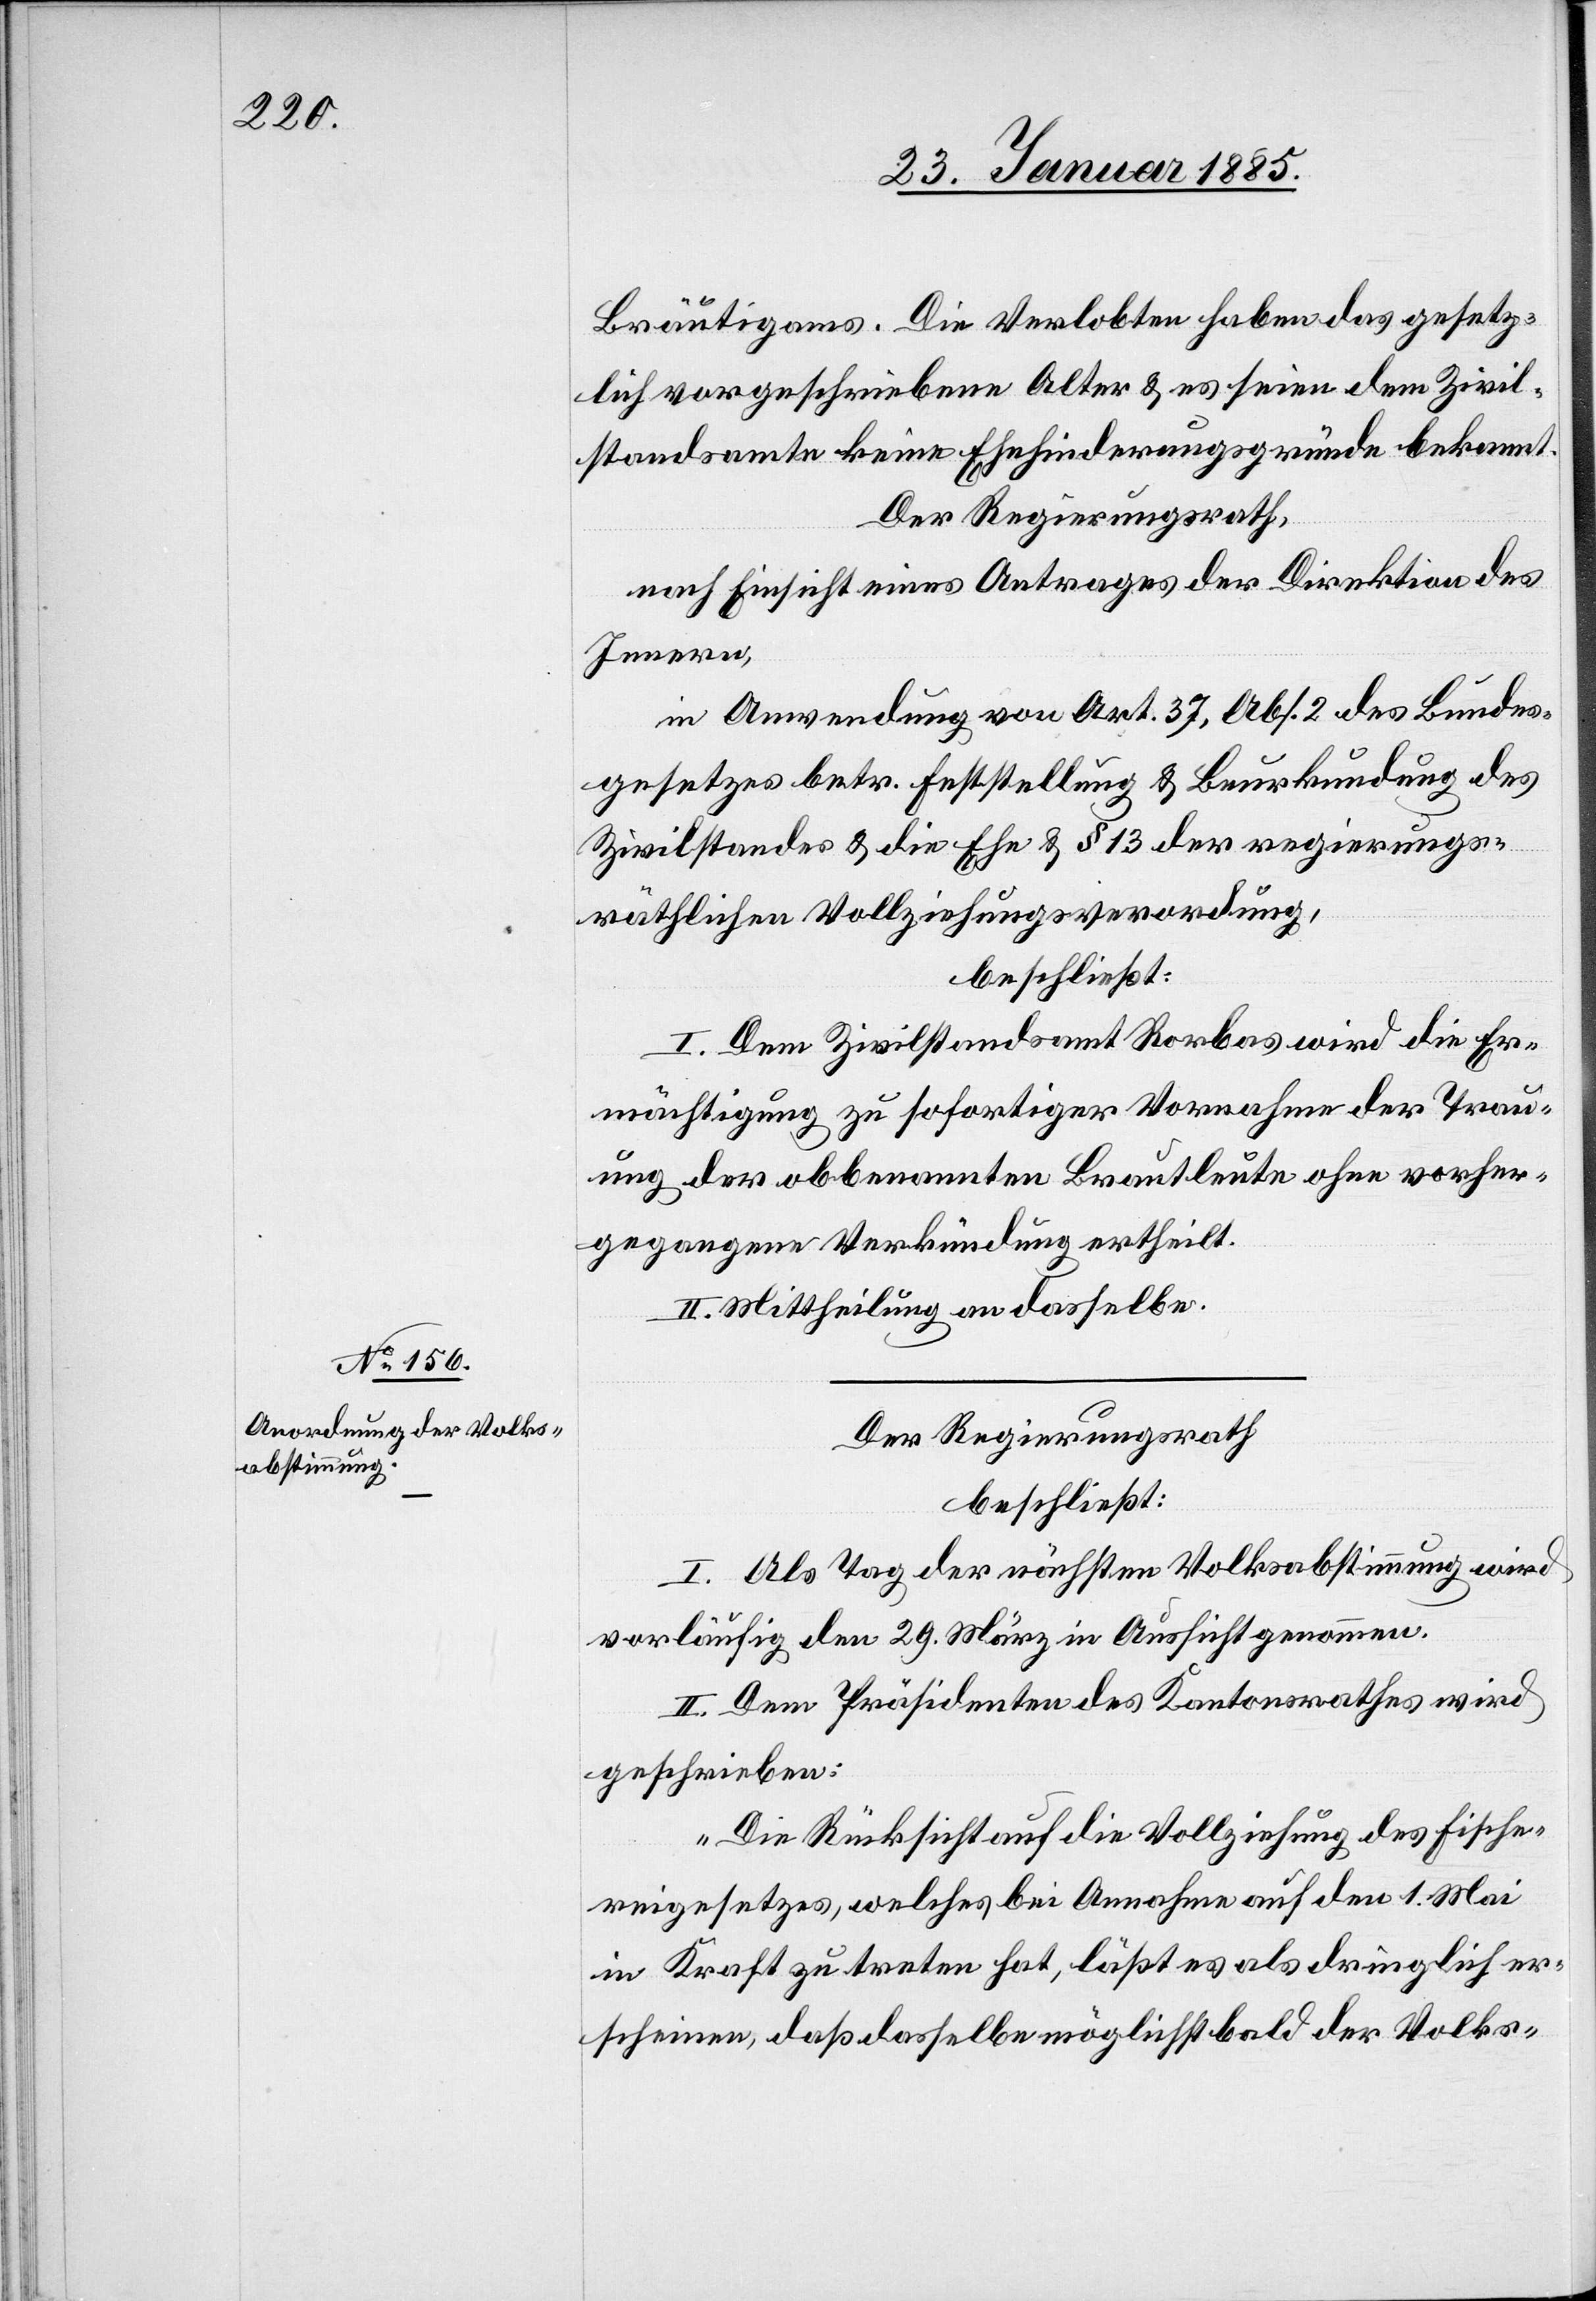
Bräutigams. Die Verlobten haben das gesetz¬
lich vorgeschriebene Alter & es seien dem Zivil¬
standsamte keine Ehehinderungsgründe bekannt.
Der Regierungsrath,
nach Einsicht eines Antrages der Direktion des
Innern,
in Anwendung von Art. 37, Abs. 2 des Bundes¬
gesetzes betr. Feststellung & Beurkundung des
Zivilstandes & die Ehe & § 13 der regierungs¬
räthlichen Vollziehungsverordnung,
beschließt:
I. Dem Zivilstandsamt Rorbas wird die Er¬
mächtigung zu sofortiger Vornahme der Trau¬
ung der obbenannten Brautleute ohne vorher¬
gegangene Verkündung ertheilt.
II. Mittheilung an dasselbe.
Der Regierungsrath,
beschließt:
I. Als Tag der nächsten Volksabstimmung wird
vorläufig den 29. März in Aussicht genommen.
II. Dem Präsidenten des Kantonsrathes wird
geschrieben:
„Die Rücksicht auf die Vollziehung des Fische¬
reigesetzes, welches bei Annahme auf den 1. Mai
in Kraft zu treten hat, läßt es als dringlich er¬
scheinen, daß dasselbe möglichst bald der Volks-